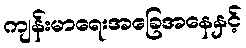
ကျန်းမာရေးအခြေအနေနှင့်